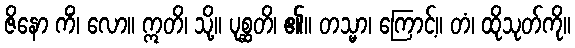
ဇိနော ကိံ၊ လော။ ဣတိ၊ သို့။ ပုစ္ဆတိ၊ ၏။ တသ္မာ၊ ကြောင့်။ တံ၊ ထိုသုတ်ကို။